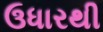
ઉધારથી